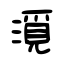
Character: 漞